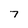
Character: 7